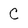
Character: C